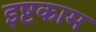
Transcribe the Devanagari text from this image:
इष्टकाम